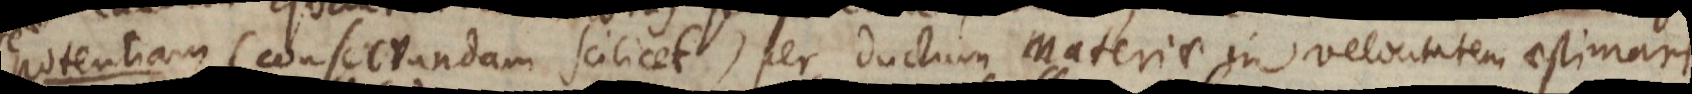
m (conservandam scilicet) per ductum materiae in velocitatem a